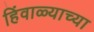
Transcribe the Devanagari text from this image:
हिंवाळ्याच्या